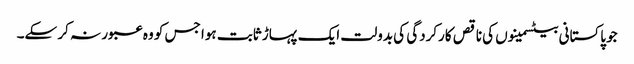
جو پاکستانی بیٹسمینوں کی ناقص کارکردگی کی بدولت ایک پہاڑ ثابت ہوا جس کو وہ عبور نہ کر سکے۔